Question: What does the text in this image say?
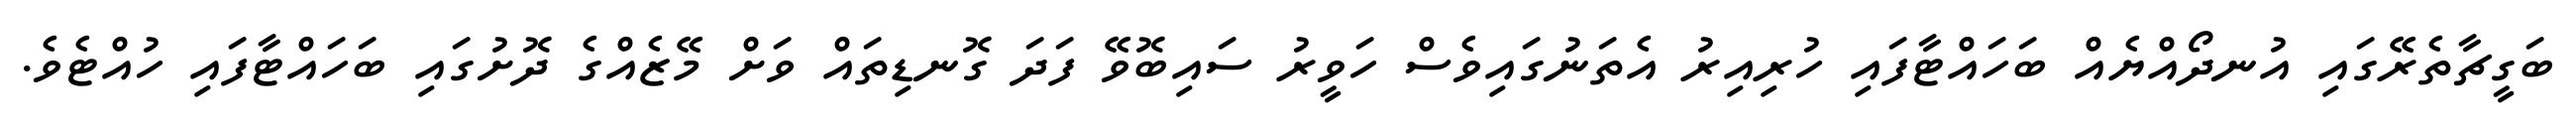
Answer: ބަގީޗާތެރޭގައި އުނދޯއްޔެއް ބަހައްޓާފައި ހުރިއިރު އެތަނުގައިވެސް ހަވީރު ސައިބޮވޭ ފަދަ ގޮނޑިތައް ވަށް މޭޒެއްގެ ދޮށުގައި ބަހައްޓާފައި ހުއްޓެވެ.